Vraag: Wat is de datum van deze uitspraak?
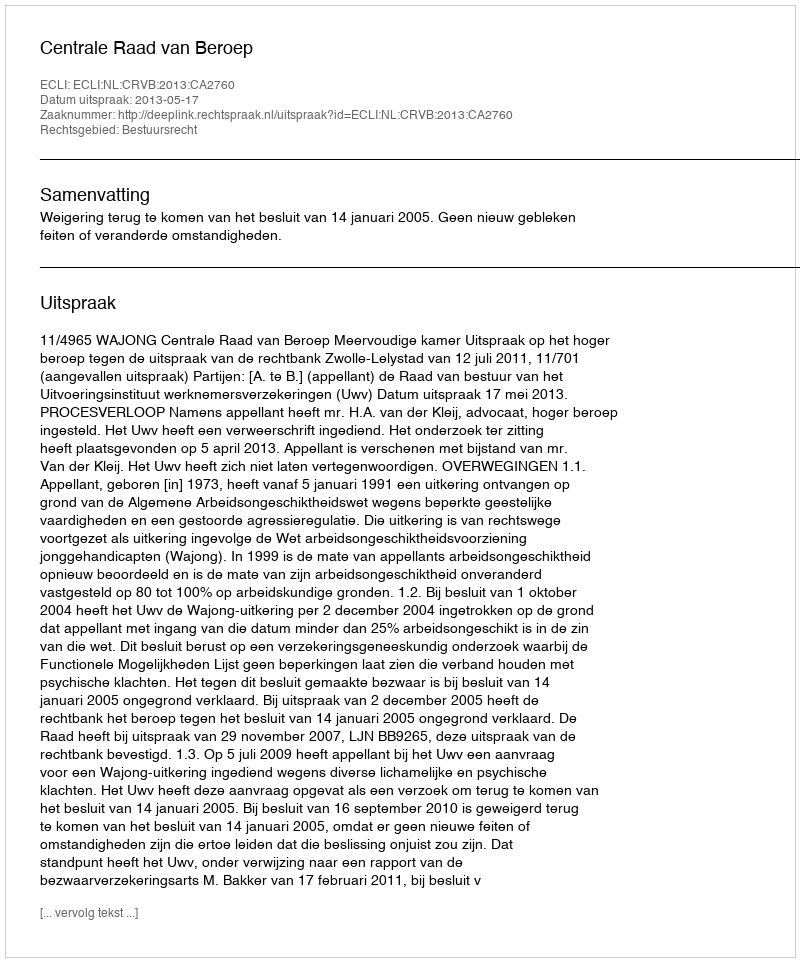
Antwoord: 2013-05-17